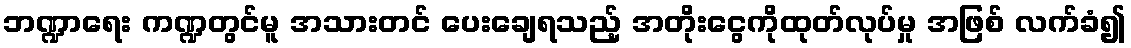
ဘဏ္ဍာရေး ကဏ္ဍတွင်မူ အသားတင် ပေးချေရသည့် အတိုးငွေကိုထုတ်လုပ်မှု အဖြစ် လက်ခံ၍